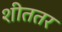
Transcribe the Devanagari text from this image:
शीततर